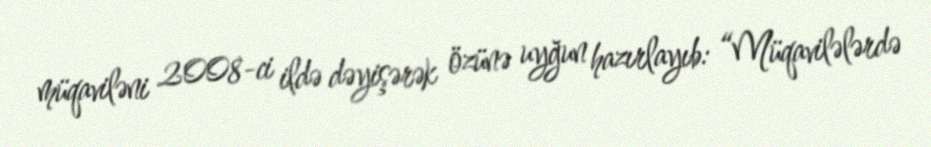
müqaviləni 2008-ci ildə dəyişərək özünə uyğun hazırlayıb: “Müqavilələrdə